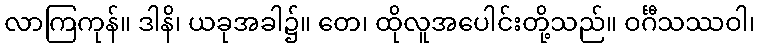
လာကြကုန်။ ဒါနိ၊ ယခုအခါ၌။ တေ၊ ထိုလူအပေါင်းတို့သည်။ ဝင်္ဂီသဿဝါ၊